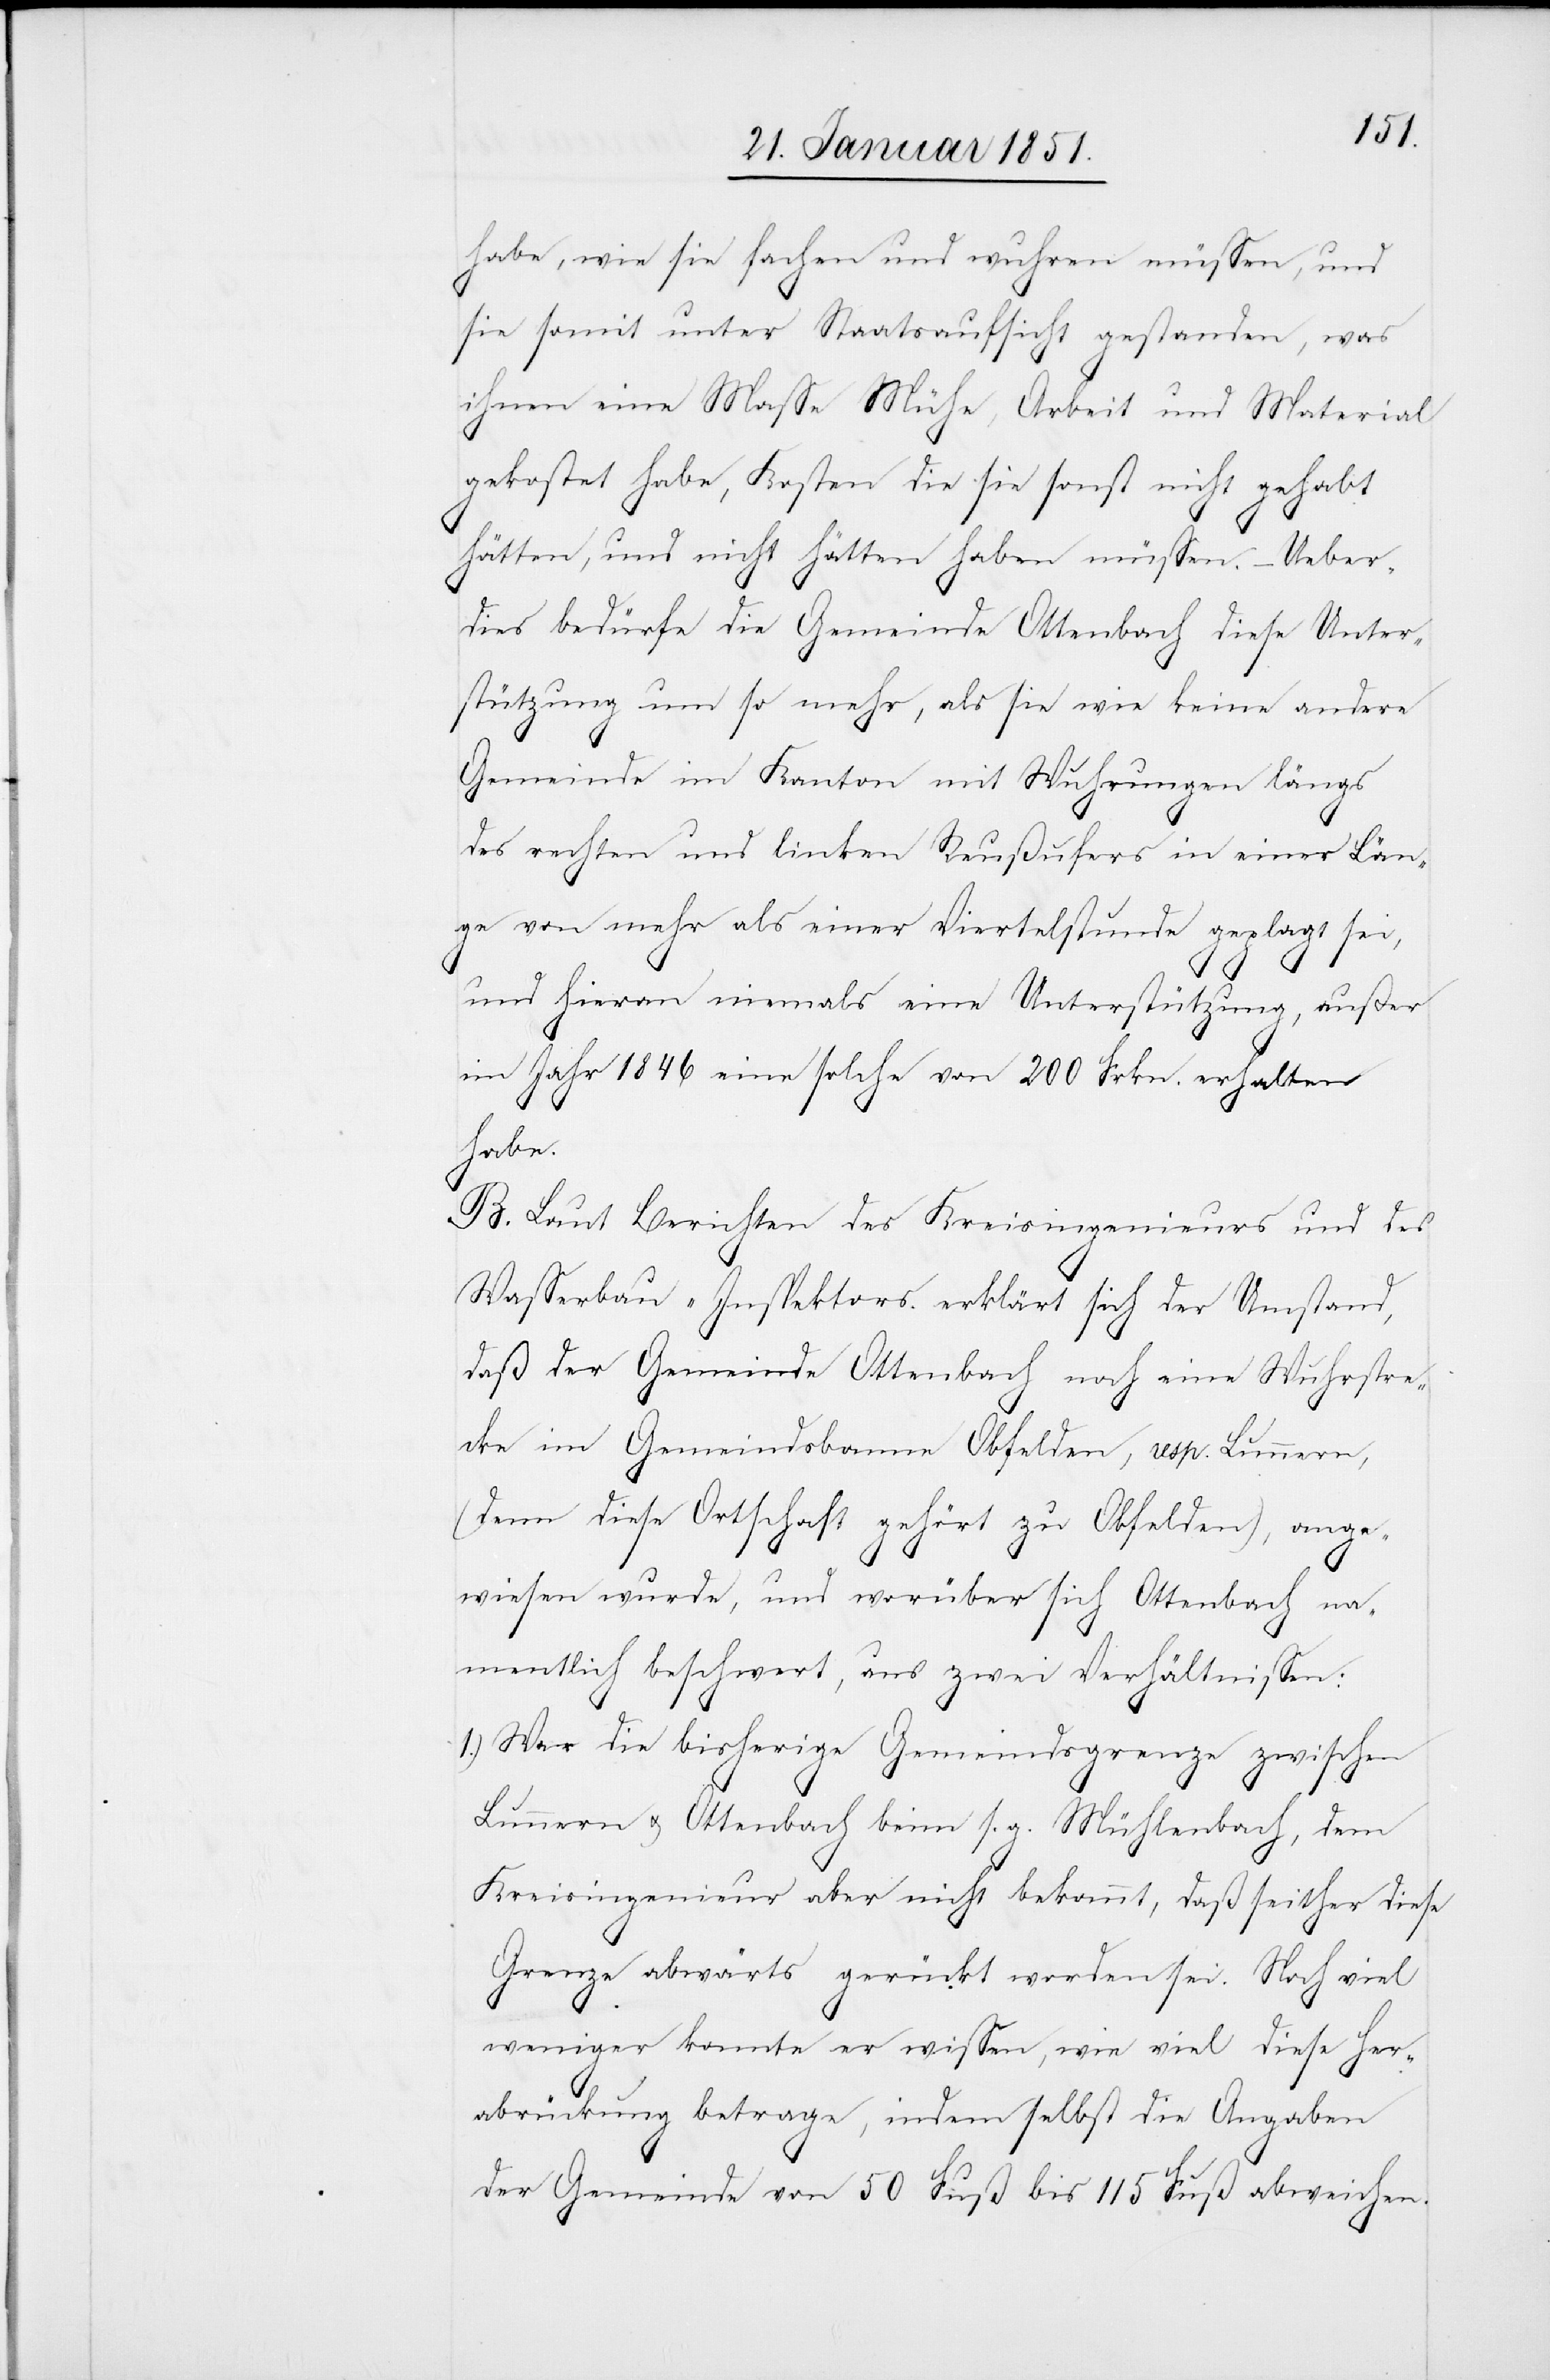
habe, wie sie fachen und wuhren müssen, und
sie somit unter Staatsaufsicht gestanden, was
ihnen eine Masse Mühe, Arbeit und Material
gekostet habe, Kosten die sie sonst nicht gehabt
hätten, und nicht hätten haben müssen. – Ueber¬
dies bedürfe die Gemeinde Ottenbach diese Unter¬
stützung um so mehr, als sie wie keine andere
Gemeinde im Kanton mit Wuhrungen längs
des rechten und linken Reußufers in einer Län¬
ge von mehr als einer Viertelstunde geplagt sei,
und hieran niemals eine Unterstützung, außer
im Jahr 1846 eine solche von 200 Frkn. erhalten
habe.
B. Laut Berichten des Kreisingenieurs und des
Wasserbau-Inspektors erklärt sich der Umstand,
daß der Gemeinde Ottenbach noch eine Wuhrstre¬
cke im Gemeindsbanne Obfelden, resp. Lunnern,
(denn diese Ortschaft gehört zu Obfelden), ange¬
wiesen wurde, und worüber sich Ottenbach na¬
mentlich beschwert, aus zwei Verhältnissen:
War die bisherige Gemeindsgrenze zwischen
Lunnern u. Ottenbach beim s. g. Mühlenbach, dem
Kreisingenieur aber nicht bekannt, daß seither diese
Grenze abwärts gerückt worden sei. Noch viel
weniger konnte er wissen, wie viel diese Her¬
abrückung betrage, indem selbst die Angaben
der Gemeinde von 50 Fuß bis 115 Fuß abweichen.